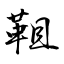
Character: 靻